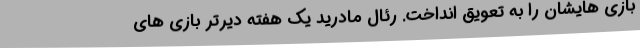
بازی هایشان را به تعویق انداخت. رئال مادرید یک هفته دیرتر بازی های